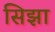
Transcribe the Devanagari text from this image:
सिझा